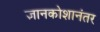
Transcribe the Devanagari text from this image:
ज्ञानकोशानंतर